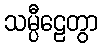
သမ္ပီဠေတွာ